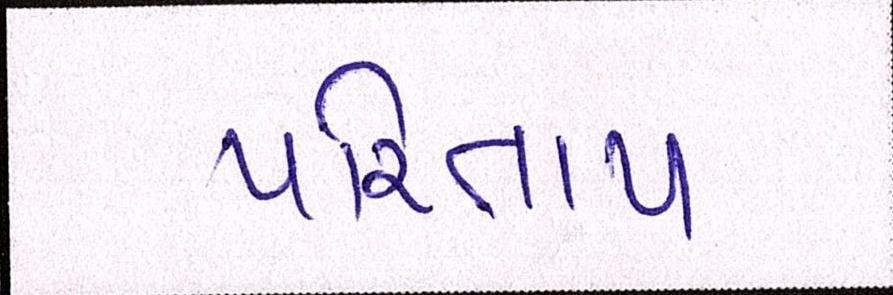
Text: પરિતાપ